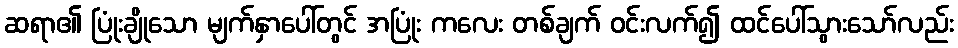
ဆရာ၏ ပြုံးချိုသော မျက်နှာပေါ်တွင် အပြုံး ကလေး တစ်ချက် ဝင်းလက်၍ ထင်ပေါ်သွားသော်လည်း